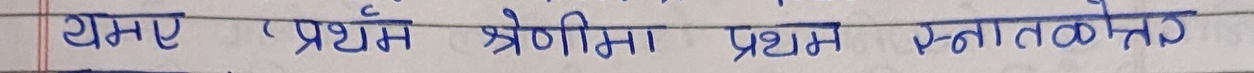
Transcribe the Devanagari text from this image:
गमाए प्रथम श्रेणीमा प्रथम स्नातकोत्तर